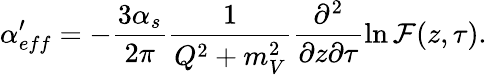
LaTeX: \alpha_{eff}^{\prime}=-\frac{3\alpha_{s}}{2\pi}\frac{1}{Q^{2}+m_{V}^{2}}\frac{\partial^{2}}{\partial z\partial\tau}\ln{\cal F}(z,\tau).